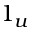
1 _ { u }